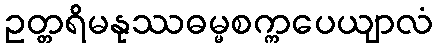
ဥတ္တရိမနုဿဓမ္မစက္ကပေယျာလံ